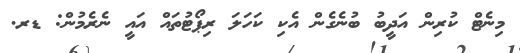
މިނެޓް ކުރިން އަދީބު ބުނެގެން އެކި ކަހަލަ ރިޕޯޓުތައް އައީ ނެރެމުން: ޑރ.